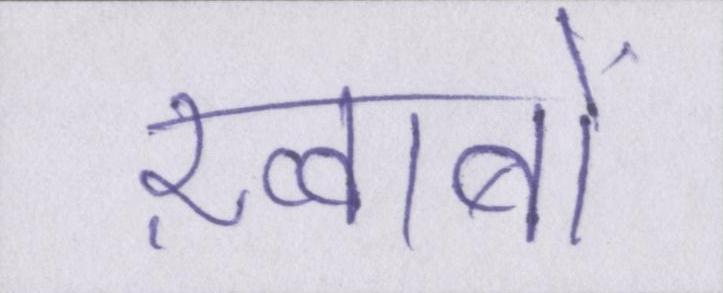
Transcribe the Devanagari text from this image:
ख़्वाबों